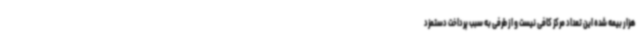
هزار بیمه شده این تعداد مرکز کافی نیست و از طرفی به سبب پرداخت دستمزد